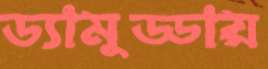
ড্যামুড্ডায়